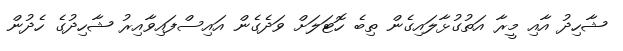
ޝާހިދު އާއި މީރާ އަތުގުޅާލައިގެން ތިބެ ހޮޓަލަށް ވަދެގެން އައިސްފައިވާއިރު ޝާހިދުގެ ހެދުން